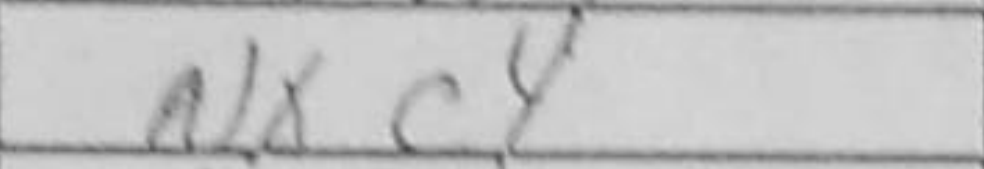
Transcription: Nxc4